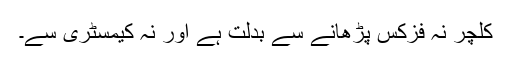
کلچر نہ فزکس پڑھانے سے بدلت ہے اور نہ کیمسٹری سے۔